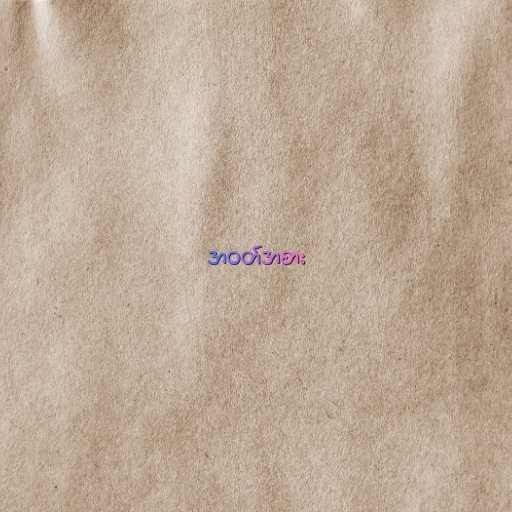
အဝတ်အစား